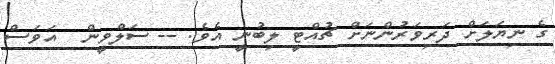
ގެ ނިޔަލަށް ދަރިވަރުންނަށް ޗުއްޓީ ލިބުނީ އެވެ. -- ސަލްވީން  އަވަސް